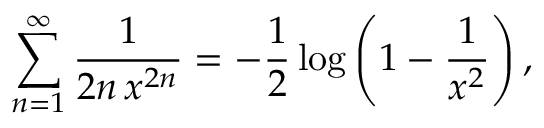
\sum _ { n = 1 } ^ { \infty } { \frac { 1 } { 2 n \, x ^ { 2 n } } } = - { \frac { 1 } { 2 } } \log \left( 1 - { \frac { 1 } { x ^ { 2 } } } \right) ,